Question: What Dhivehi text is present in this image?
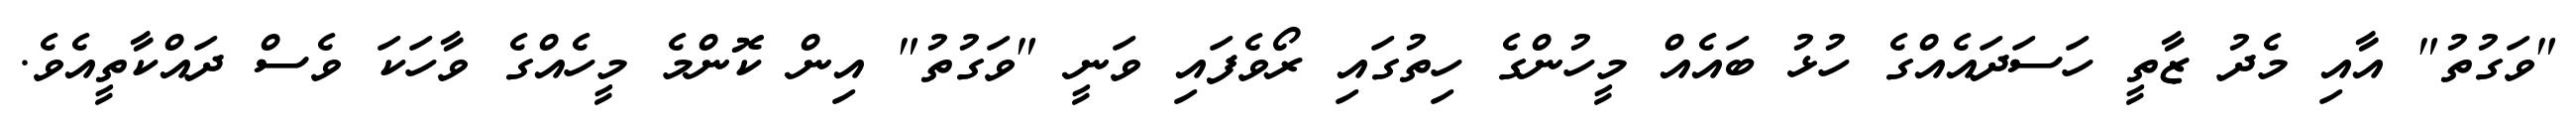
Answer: "ވަގުތު" އާއި މެދު ޒާތީ ހަސަދައެއްގެ ހުޅު ބައެއް މީހުންގެ ހިތުގައި ރޯވެފައި ވަނީ "ވަގުތު" އިން ކޮންމެ މީހެއްގެ ވާހަކަ ވެސް ދައްކާތީއެވެ.